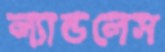
ল্যান্ডলেস